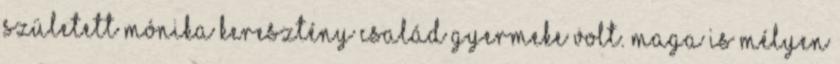
született Mónika keresztény család gyermeke volt. Maga is mélyen